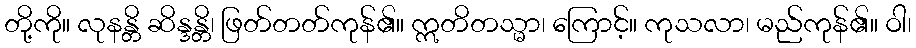
တို့ကို။ လုနန္တိ ဆိန္ဒန္တိ၊ ဖြတ်တတ်ကုန်၏။ ဣတိတသ္မာ၊ ကြောင့်။ ကုသလာ၊ မည်ကုန်၏။ ဝါ၊